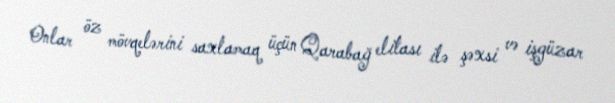
Onlar öz mövqelərini saxlamaq üçün Qarabağ elitası ilə şəxsi və işgüzar